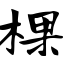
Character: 棵